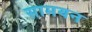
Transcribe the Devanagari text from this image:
सामयन